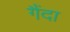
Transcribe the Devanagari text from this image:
गैंदा